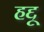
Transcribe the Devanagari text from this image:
हद्दू